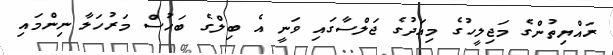
ރައްޔިތުންގެ މަޖިލީހުގެ މިއަދުގެ ޖަލްސާގައި ވަނީ އެ ބިލްގެ ބަހުސް މަރުހަލާ ނިންމައި